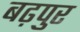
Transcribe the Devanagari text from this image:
बढ़पुर